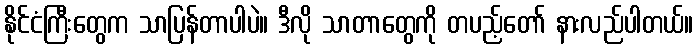
နိုင်ငံကြီးတွေက သာပြန်တာပါပဲ။ ဒီလို သာတာတွေကို တပည့်တော် နားလည်ပါတယ်။